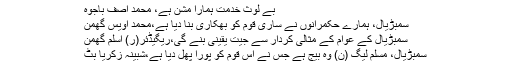
بے لوث خدمت ہمارا مشن ہے، محمد آصف باجوہ
سمبڑیال، ہمارے حکمرانوں نے ساری قوم کو بھکاری بنا دیا ہے،محمد اویس گھمن
سمبڑیال کے عوام کے مثالی کردار سے جیت یقینی بنے گی،ریگیڈئر(ر) اسلم گھمن
سمبڑیال، مسلم لیگ (ن) وہ بیج ہے جس نے اس قوم کو پورا پھل دیا ہے،شبینہ زکریا بٹ